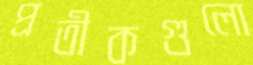
প্রতীকগুলো